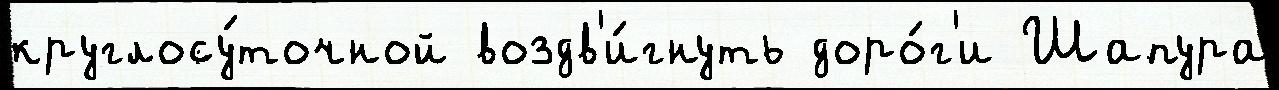
круглосу́точной воздв'и́гнуть доро́г'и Шапура